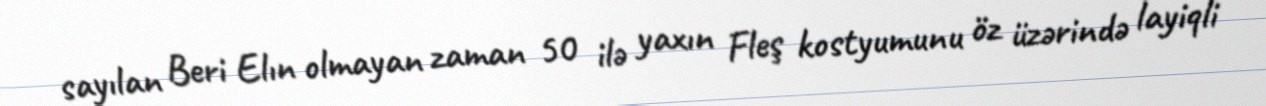
sayılan Beri Elın olmayan zaman 50 ilə yaxın Fleş kostyumunu öz üzərində layiqli